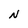
Character: N